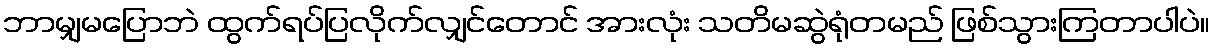
ဘာမျှမပြောဘဲ ထွက်ရပ်ပြလိုက်လျှင်တောင် အားလုံး သတိမဆွဲရုံတမည် ဖြစ်သွားကြတာပါပဲ။